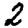
Digit: 2